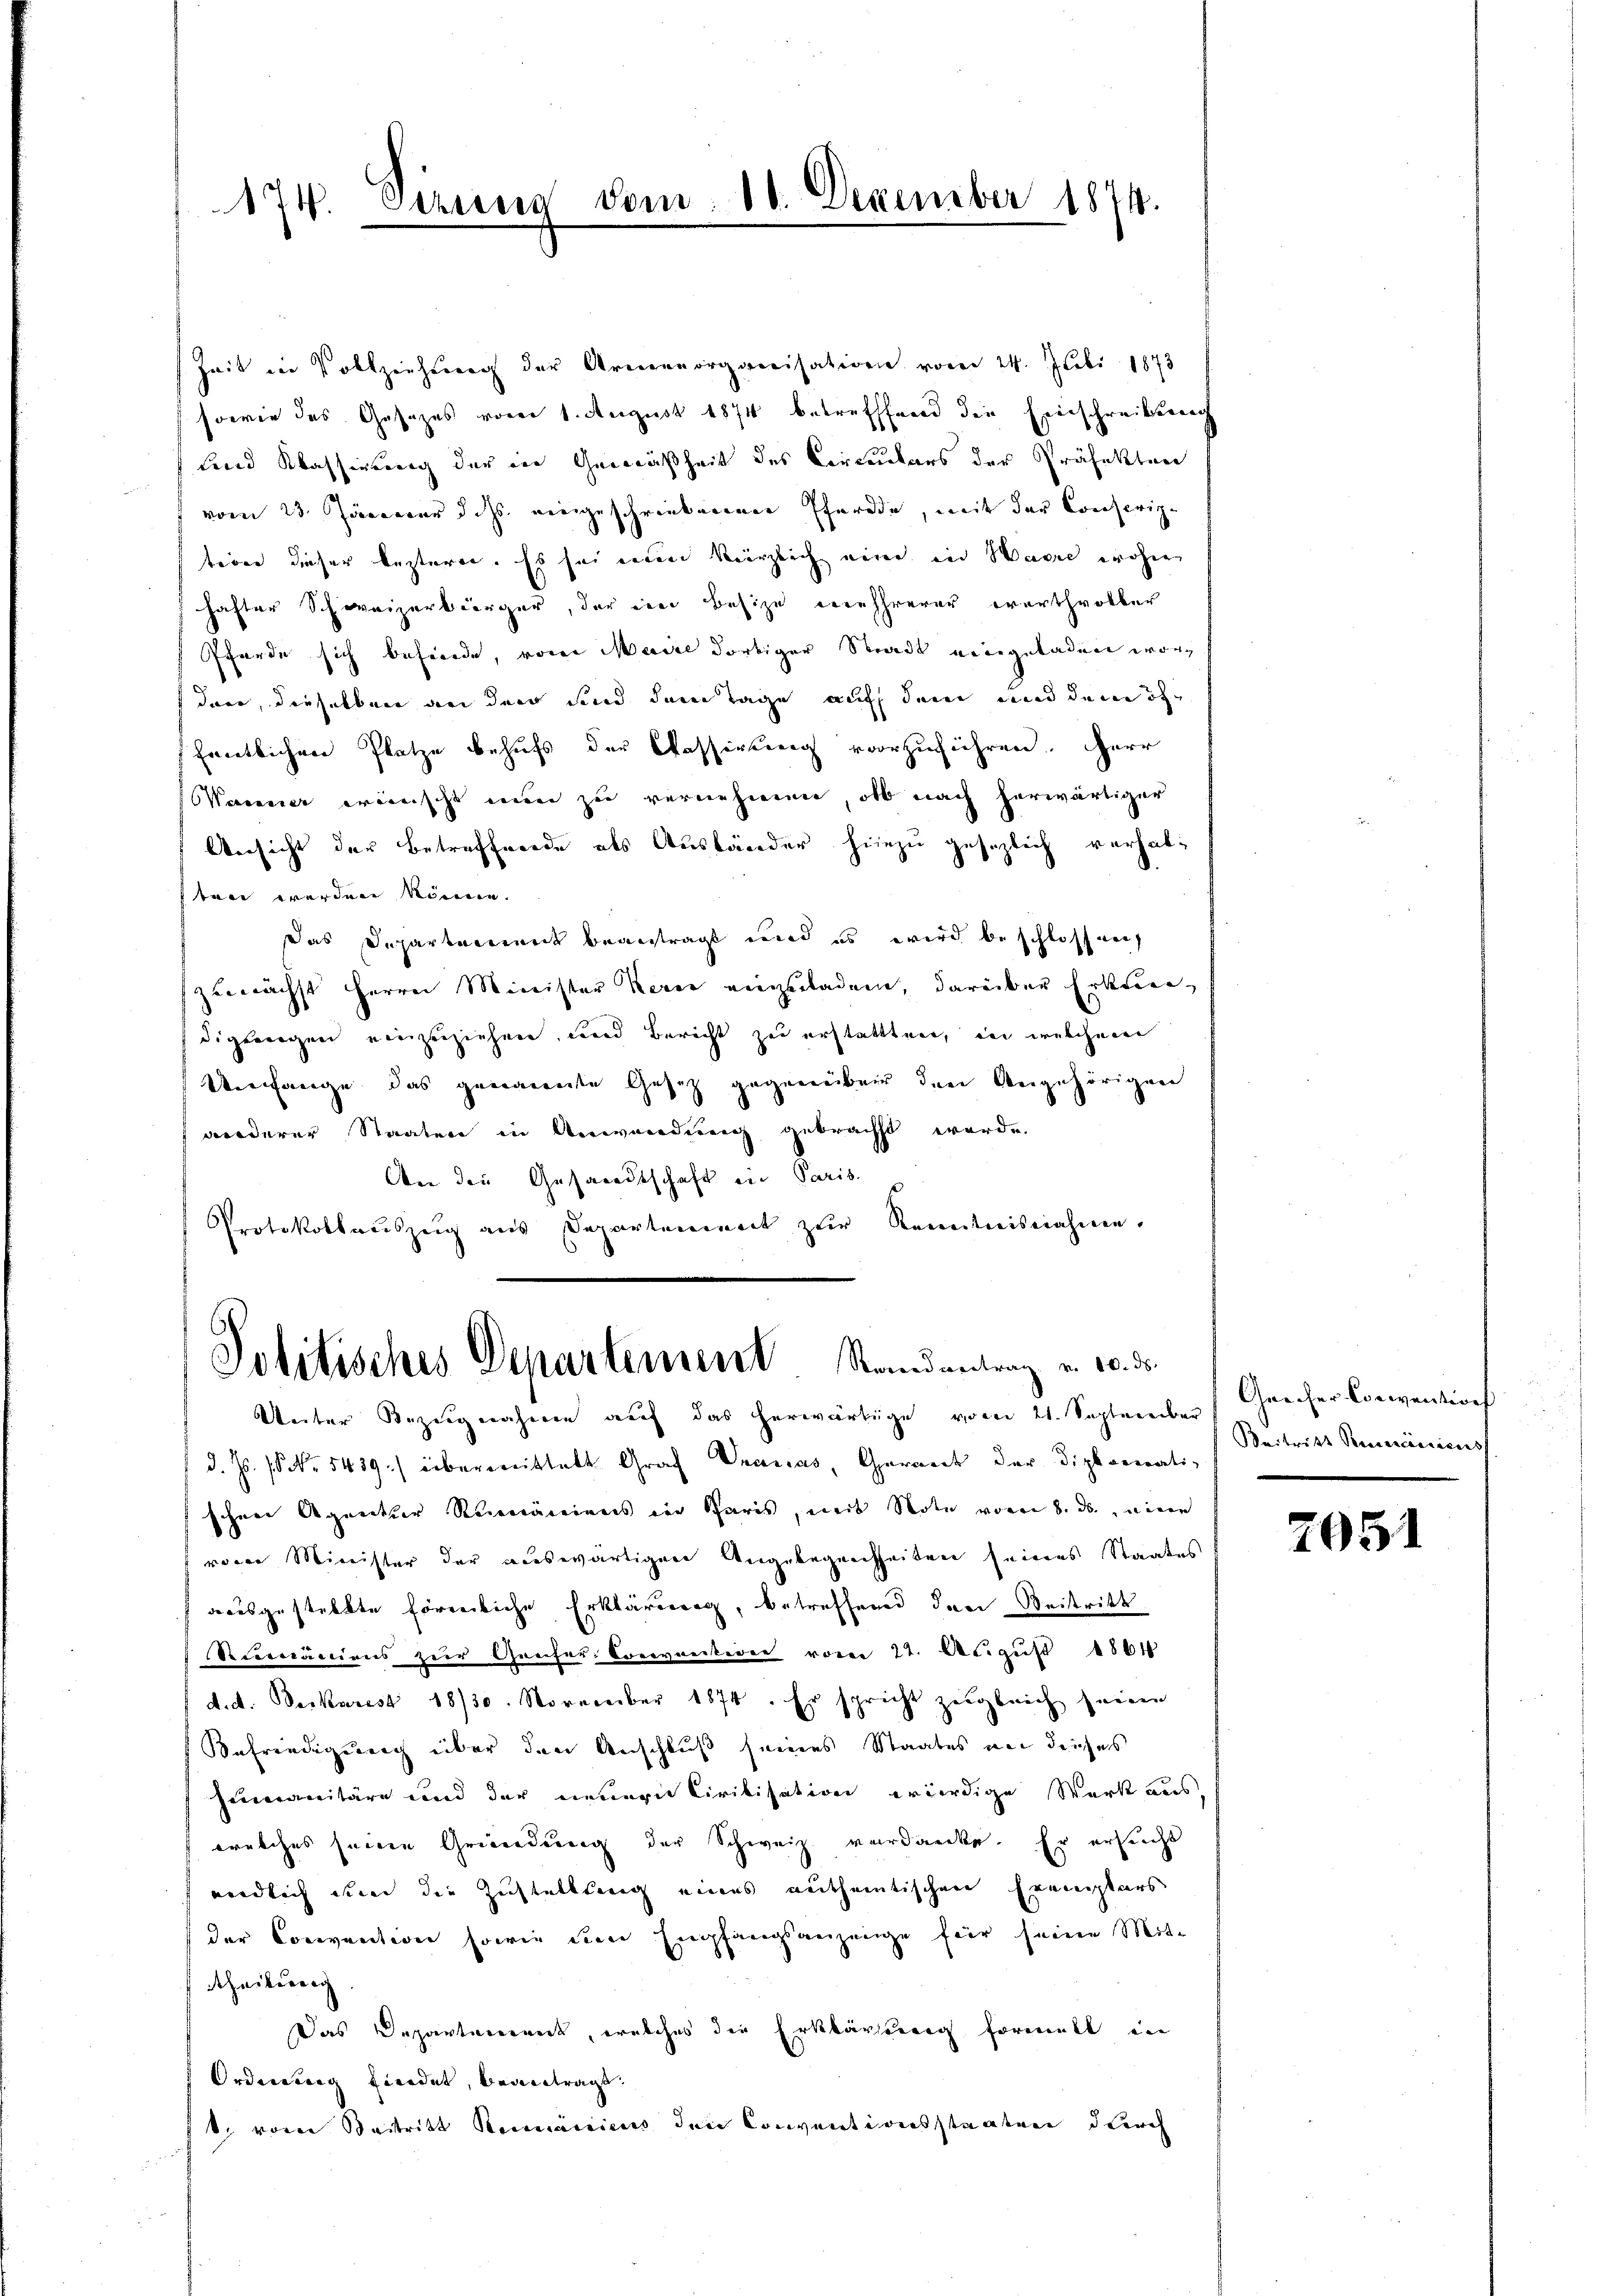
174. Schrei

dom

18. Dezember 1874.

Zeit in Vollziehung der Armenorganisation vom 24. Juli 1873
sowie des Gesezes vom 1. August 1874 betrefffend die Einschreibenac
Land Kassierung der in Gemäßheit des Circulars der Präfekten
vom 23. Jänner d. Js. eingeschriebenen Pferde, mit der Conserigtion dieser lezteren. Es sei einen kürzlich einer in Warre wohne
hafter Schweizerbürger, der eine Besize mehrerer werthvoller
Pferde sich befinde, von Maire dortiger Stadt eingeladen wordner, dieselben an den sind der Tage auf den und denen ohn
fentlichen Platze behufs der Cassirung vorzuführen. Herr
Manner wünscht nun zu vernehmen, ob nach herwärtiger
Ansicht der Betreffende als Ausbänder hiezu gesezlich verhaltare werden können.
Das Departement beantragt und es wird beschlossen
zunächst herrn Minister Kerne einzuladen, darüber Erkundigberegen einzuziehen, und Bericht zu erstattten, der welchem
Umfange das genannte Gesetz gegenüber den Angehörigen
wiederer Staaten in Anwendung gebracht werde.
An die Gesandtschaft in Paris
Protokollauszug aus Departement zur Kenntnisnahme.

Politisches Departement Standeantrag v. 10. ds.
Unter Bezŭgnahme auf das herwärtige vom 21. September (Gescher Convention

d. Js. No. 5439) übermittelt Graf Wranias, Garant der Diplomati-
schen Agentur Rumäniens in Paris, weit Note vom 8. ds., einen
von Minister der auswärtigen Angelegenheiten seines Staates
dausgestellte förmliche Erklärung, betreffend den Beitritt
Serrcacciens zur Grafer. Convention vom 22. August 1861
d. d. Deckarest 1830. November 1874. Er spricht zugleich seinen
Befriedigung über den Anschluß seines Staates an dieses
Zumanitäre und der neuern Civilisation würdige Werk aus,
welches seine Gründung der Schweiz verdancke. Er ersucht
eendlich die die Zustelllung eines autheintischen Exemplars
der Convention sowie den Empfangsanzeige für seinen Mite
theiterung
Das Departarereit, welches die Erklärung formelt in
Ordnung findet, beantragt.
k. von Beitritt Romanicus den Conventionsstaaten durch

Beitritt Percerciciens

2051